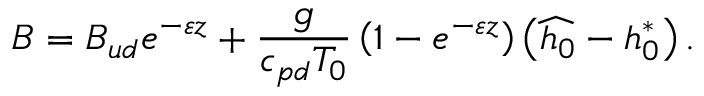
B = B _ { u d } e ^ { - \varepsilon z } + \frac { g } { c _ { p d } T _ { 0 } } \left( 1 - e ^ { - \varepsilon z } \right) \left( \widehat { h _ { 0 } } - h _ { 0 } ^ { * } \right) .